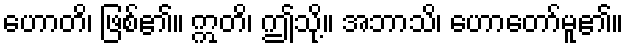
ဟောတိ၊ ဖြစ်၏။ ဣတိ၊ ဤသို့။ အဘာသိ၊ ဟောတော်မူ၏။